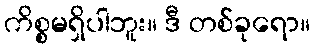
ကိစ္စမရှိပါဘူး။ ဒီ တစ်ခုရော။